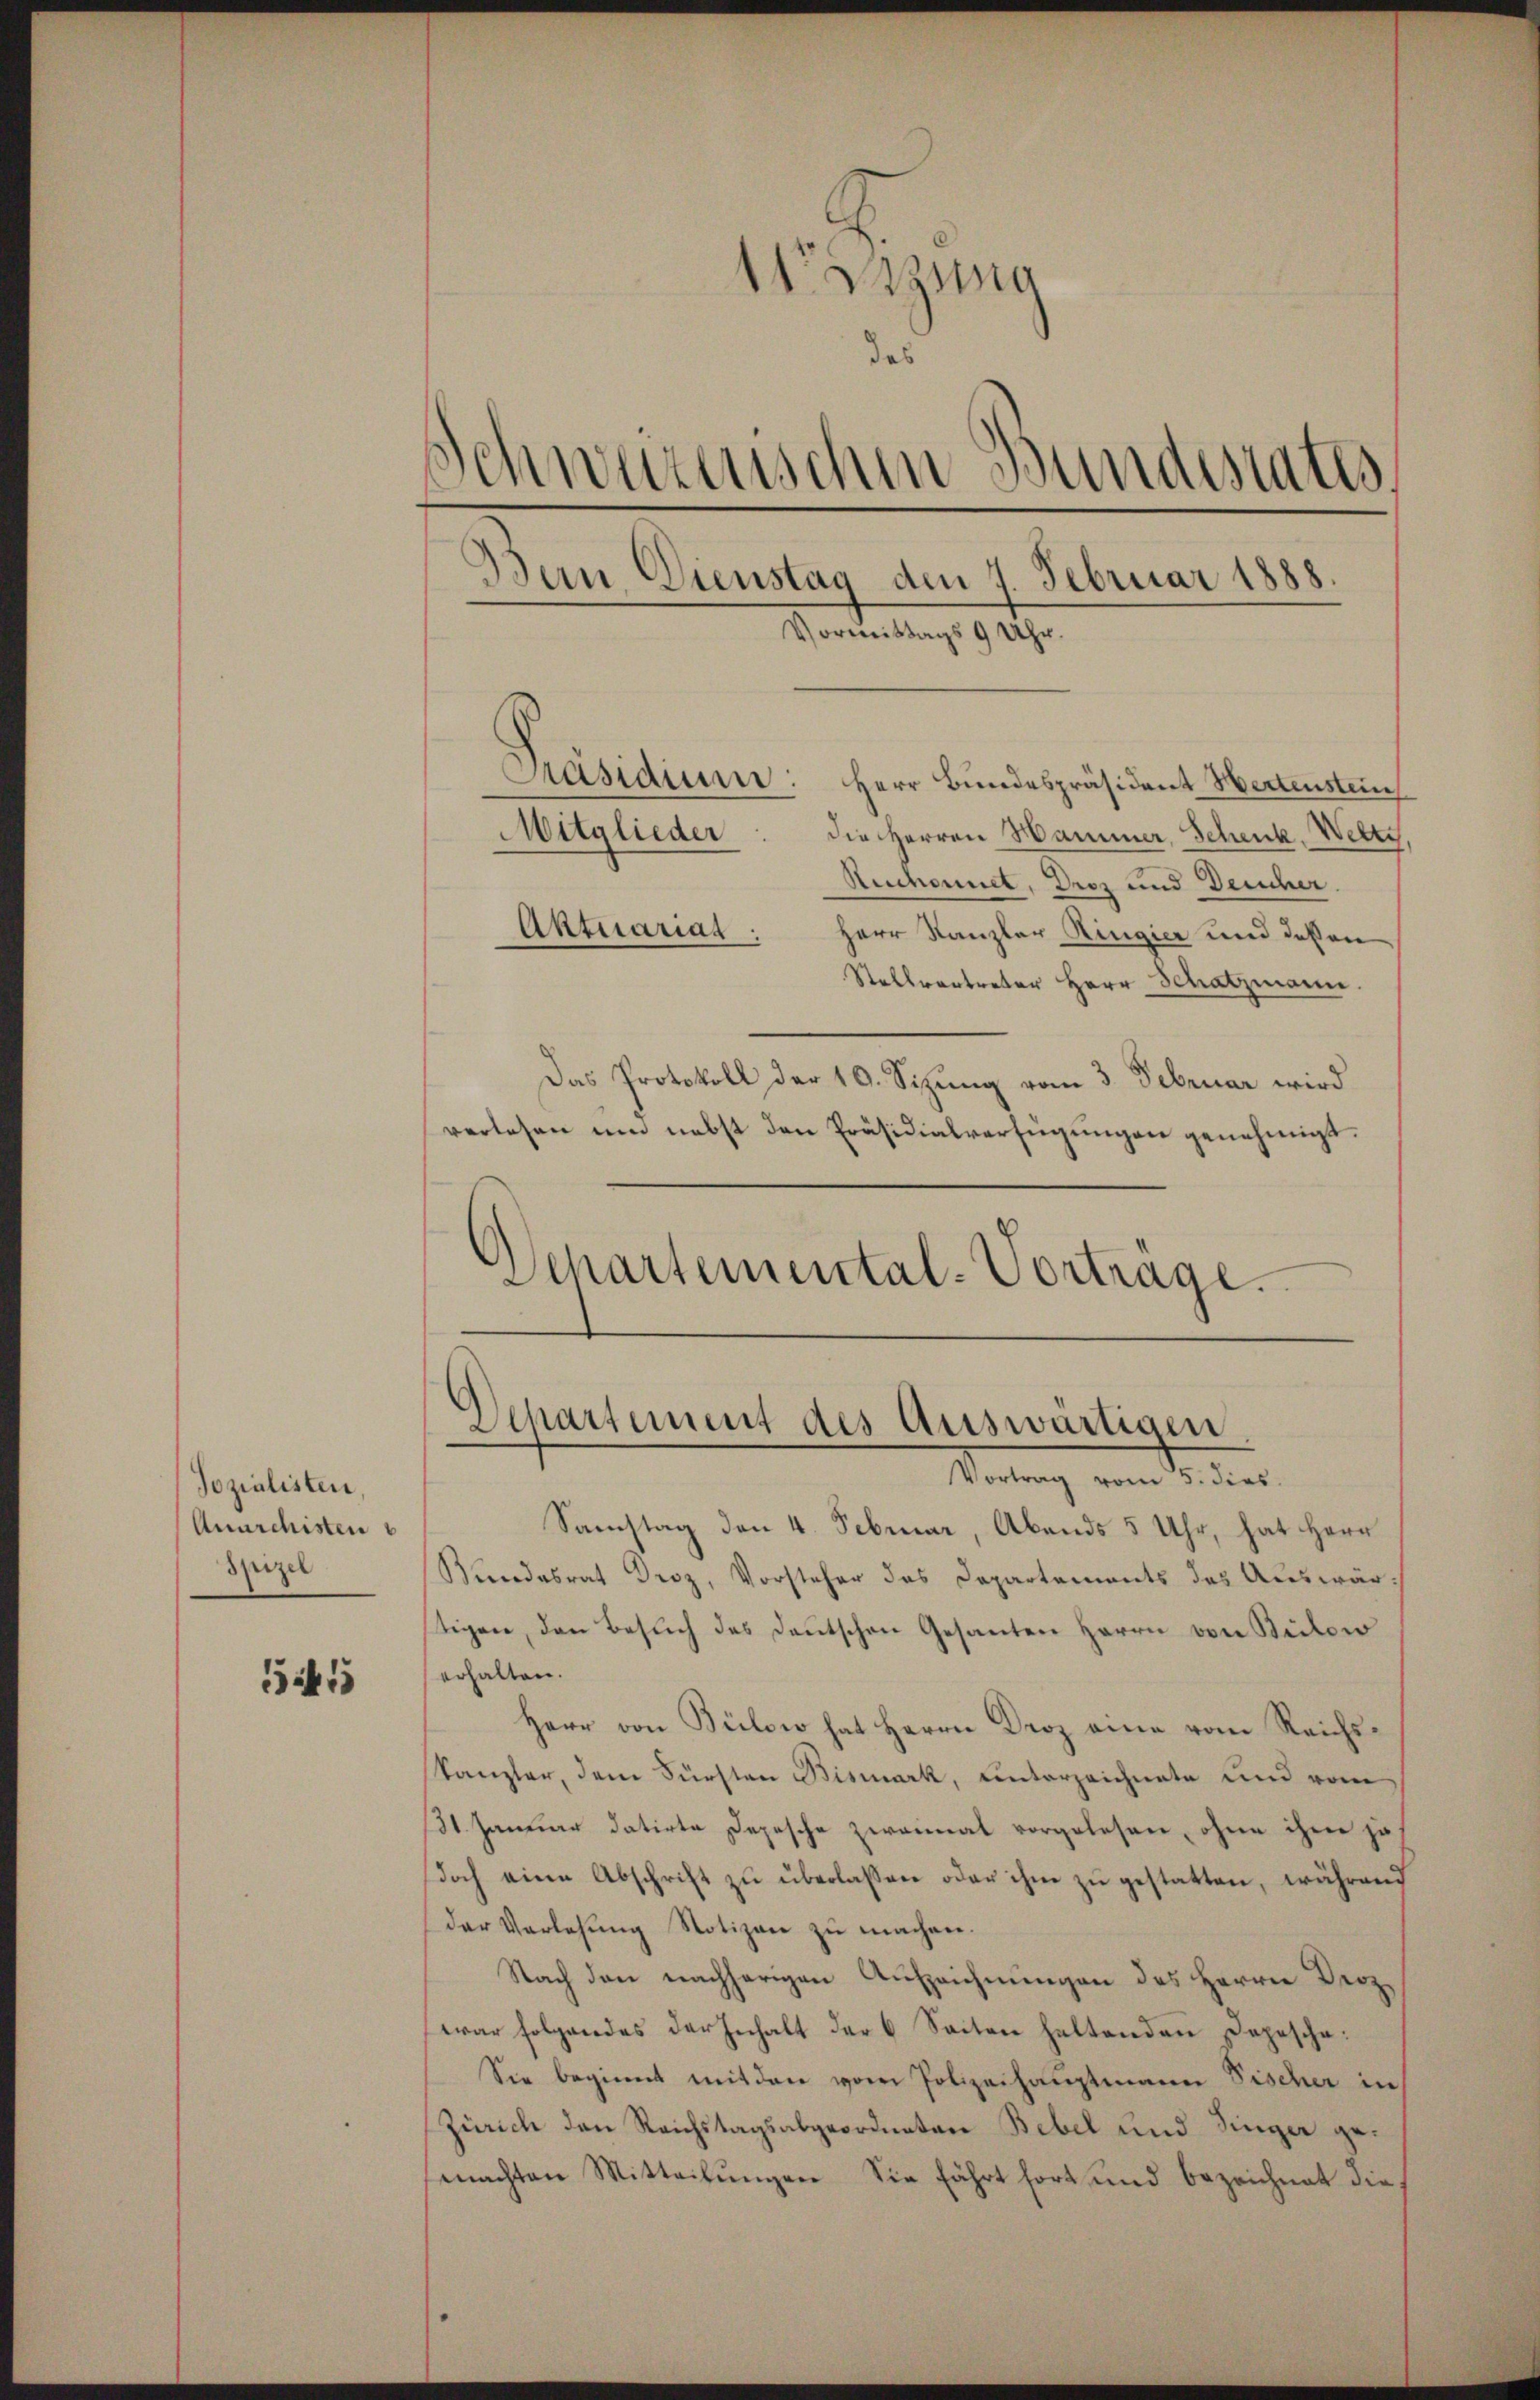
Sozialisten,
Anarchisten
Spizel

415

1 zuma
des
)
wurnischen Bundesrates
Bern Dienstag den 7. Februar 1888.
Vormittags 9 Uhr.
Präsidium: Herr Bundespräsident Wertensteuch
Mitglieder: die Herren Hammer, Schenk, Welti
Rechannet, Droz und Deucher.
Aktuariat.
Herr Kanzler Ringier und deßen
Stellvertreter Herr Schatzmann.

Das Protokoll der 10. Sizung vom 3. Februar wird
verlesen um nebst den Präsidialverfügungen genehmigt.
)
Schartemental-Vortrage.

Departement des Auswärtigen
Vortrag vom 5. dies

Samstag den 4. Februar, Abends 5 Uhr, hat Herr
Rundesrat Droz, Vorsteher des Departements des Auswärstigen, den Besuch des Deutschen Gesanten Herrn von Bilow
erhalten.
Herr von Bülow hat Herrn Droz eine vom Reichs¬
Kanzler, dem Fürsten Bismark, unterzeichnete und vom
31. Januar datirte Depesche zweimal vorgelesen, ohne ihre ja
doch eine Abschrift zu überlassen oder ihm zu gestatten, während
der Verlegŭng Notizen zŭ machen.
Nach den nachherigen Aufzeichnungen des Herrn Droz.
war folgendes der Inhalt der 6 Seiten haltenden Depesche:
Sie beginnt mit den vom Polizeihauptmann Fischer in
Zürich den Reichstagsabgeordnetere Bebel und Singer gemachten Mitteilungen Sie fährt hört und bezeichnet die